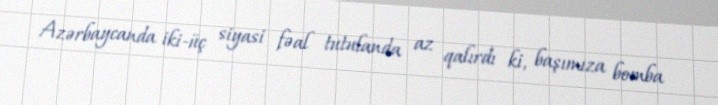
Azərbaycanda iki-üç siyasi fəal tutulanda az qalırdı ki, başımıza bomba